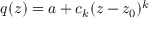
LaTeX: q ( z ) = a + c _ { k } ( z - z _ { 0 } ) ^ { k }